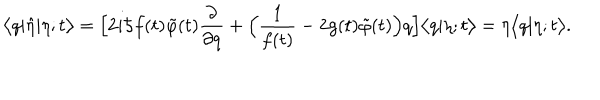
LaTeX: \bigl < q | \hat { \eta } | \eta ; t \bigr > = \Bigl [ 2 i \hbar f ( t ) \tilde { \varphi } ( t ) \frac { \partial } { \partial q } + \Bigl ( \frac { 1 } { f ( t ) } - 2 g ( t ) \tilde { \varphi } ( t ) \Bigr ) q \Bigr ] \bigl < q | \eta ; t \bigr > = \eta \bigl < q | \eta ; t \bigr > .